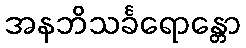
အနဘိသင်္ခရောန္တော